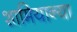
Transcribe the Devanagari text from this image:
शामियान्या